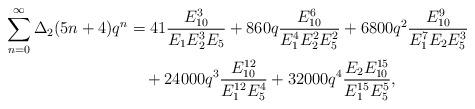
LaTeX: \begin{align*}\sum_{n=0}^{\infty}\Delta_{2}(5n+4)q^{n} &=41\dfrac{E_{10}^{3}}{E_{1}E_{2}^{3}E_{5}}+860q\dfrac{E_{10}^{6}}{E_{1}^{4}E_{2}^{2}E_{5}^{2}}+6800q^{2}\dfrac{E_{10}^{9}}{E_{1}^{7}E_{2}E_{5}^{3}}\\ &\quad+24000q^{3}\dfrac{E_{10}^{12}}{E_{1}^{12}E_{5}^{4}}+32000q^{4}\dfrac{E_{2}E_{10}^{15}}{E_{1}^{15}E_{5}^{5}},\end{align*}